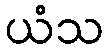
ယံသ